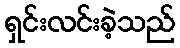
ရှင်းလင်းခဲ့သည်